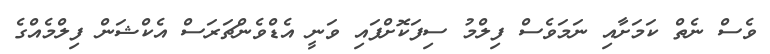
ވެސް ނެތް ކަމަށާއި ނަމަވެސް ފިލްމު ސިފަކޮށްފައި ވަނީ އެޑްވެންޗަރަސް އެކްޝަން ފިލްމެއްގެ